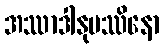
အဿာဒါနုပဿိနော